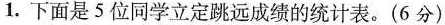
1.下面是5位同学立定跳远成绩的统计表。(6分)